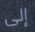
إلى